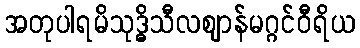
အတုပါရမိသုဒ္ဓိသီလဈာန်မဂ္ဂင်ဝီရိယ